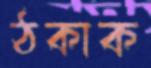
ঠকাক